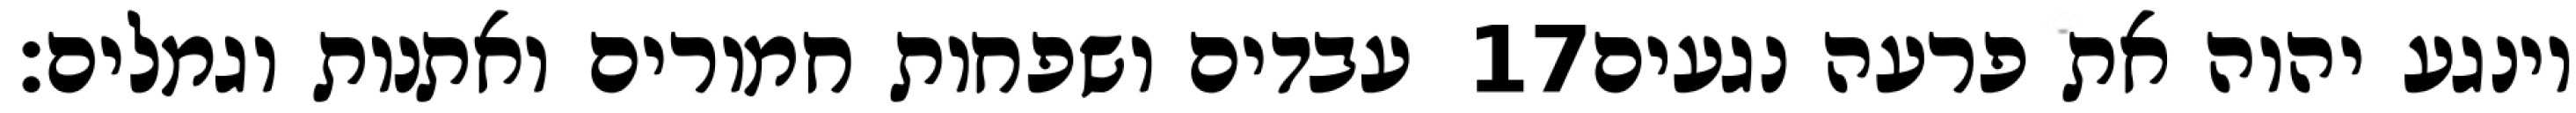
עבדים ושפחות חמורים ואתנות וגמלים׃ ‎17‏ וינגע יהוה את פרעה נגעים